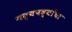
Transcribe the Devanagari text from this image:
गद्यपद्यांचा